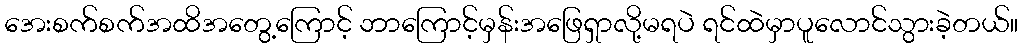
အေးစက်စက်အထိအတွေ့ကြောင့် ဘာကြောင့်မှန်းအဖြေရှာလို့မရပဲ ရင်ထဲမှာပူလောင်သွားခဲ့တယ်။